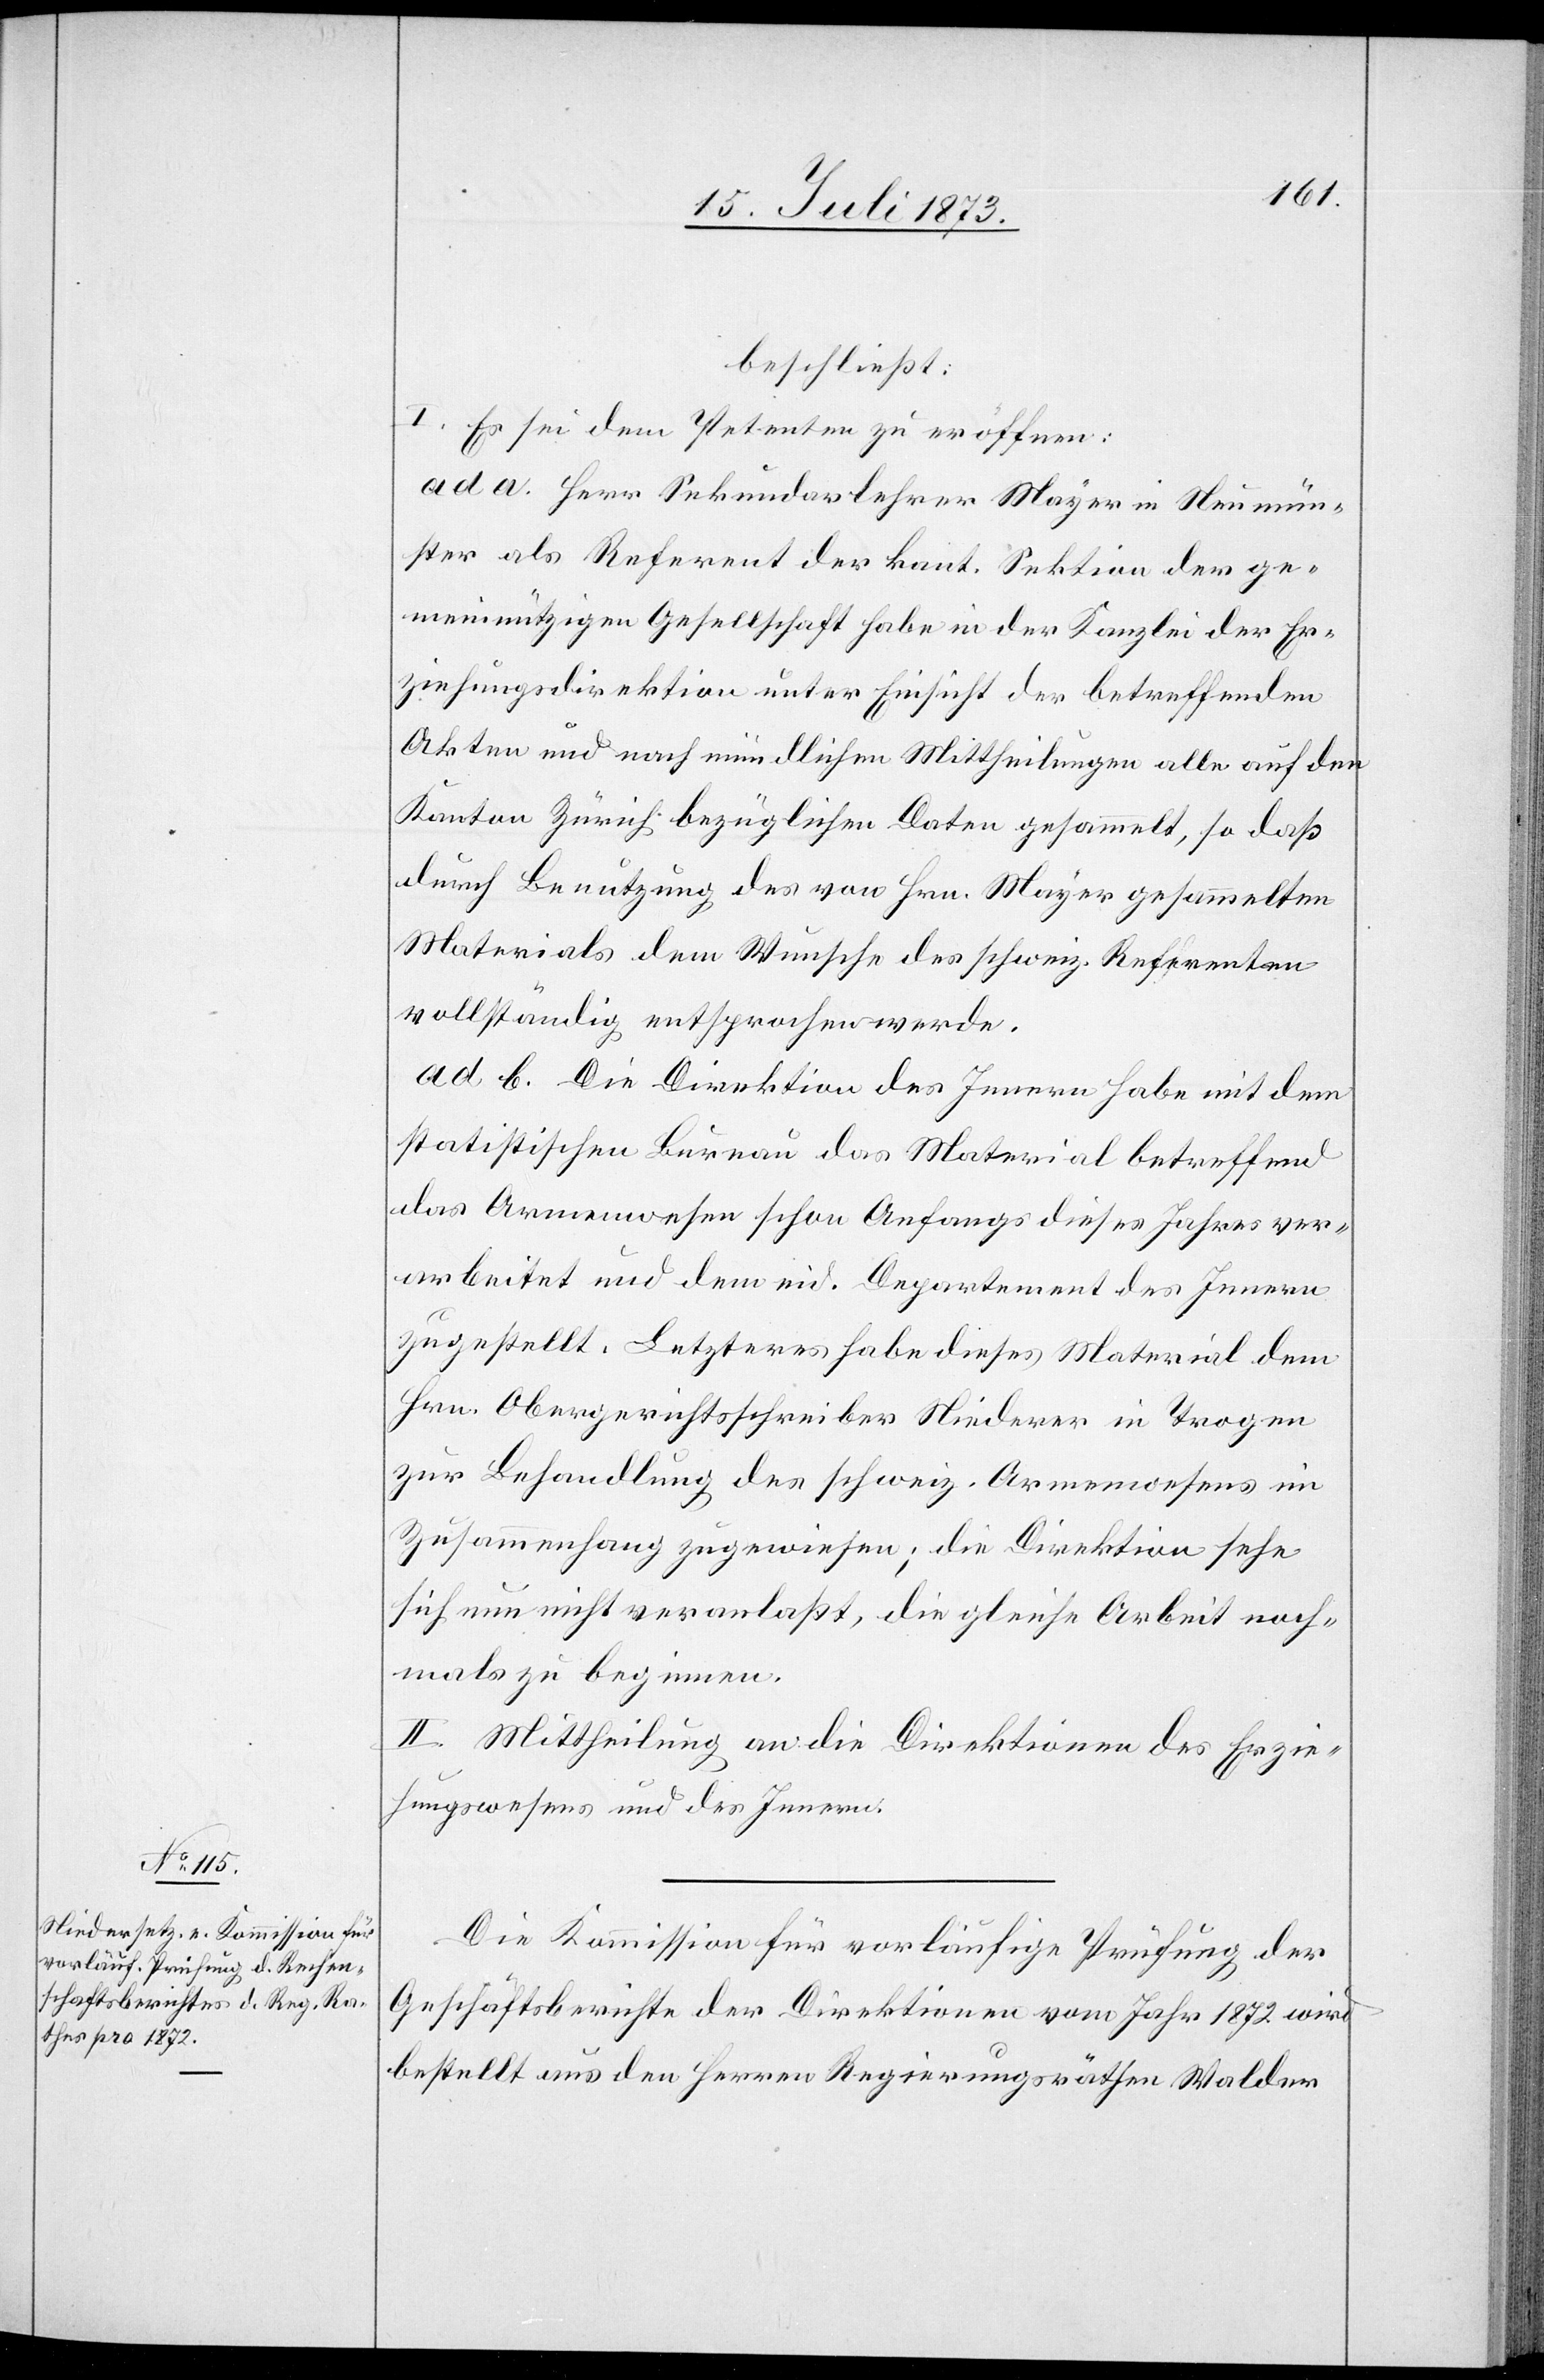
beschließt:
I. Es sei dem Petenten zu eröffnen:
ad a. Herr Sekundarlehrer Mayer in Neumün¬
ster als Referent der kant. Sektion der ge¬
meinnützigen Gesellschaft habe in der Kanzlei der Er¬
ziehungsdirektion unter Einsicht der betreffenden
Akten und nach mündlichen Mittheilungen alle auf den
Kanton Zürich bezüglichen Daten gesammelt, so daß
durch Benutzung des von Hrn. Mayer gesammelten
Materials dem Wunsche des schweiz. Referenten
vollständig entsprochen werde.
ad b. Die Direktion des Innern habe mit dem
statistischen Bureau das Material betreffend
das Armenwesen schon Anfangs dieses Jahres ver¬
arbeitet und dem eid. Departement des Innern
zugestellt. Letzteres habe dieses Material dem
Hrn. Obergerichtsschreiber Niederer in Trogen
zur Behandlung des schweiz. Armenwesens im
Zusammenhang zugewiesen; die Direktion sehe
sich nun nicht veranlaßt, die gleiche Arbeit noch¬
mals zu beginnen.
II. Mittheilung an die Direktionen des Erzie¬
hungswesens und des Innern.
Die Kommission für vorläufige Prüfung der
Geschäftsberichte der Direktionen vom Jahr 1872 wird
bestellt aus den Herren Regierungsräthen Walder